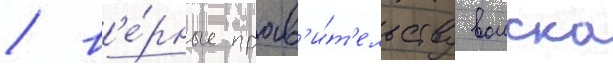
/ в'е́рные прав'и́т'ельству воиска